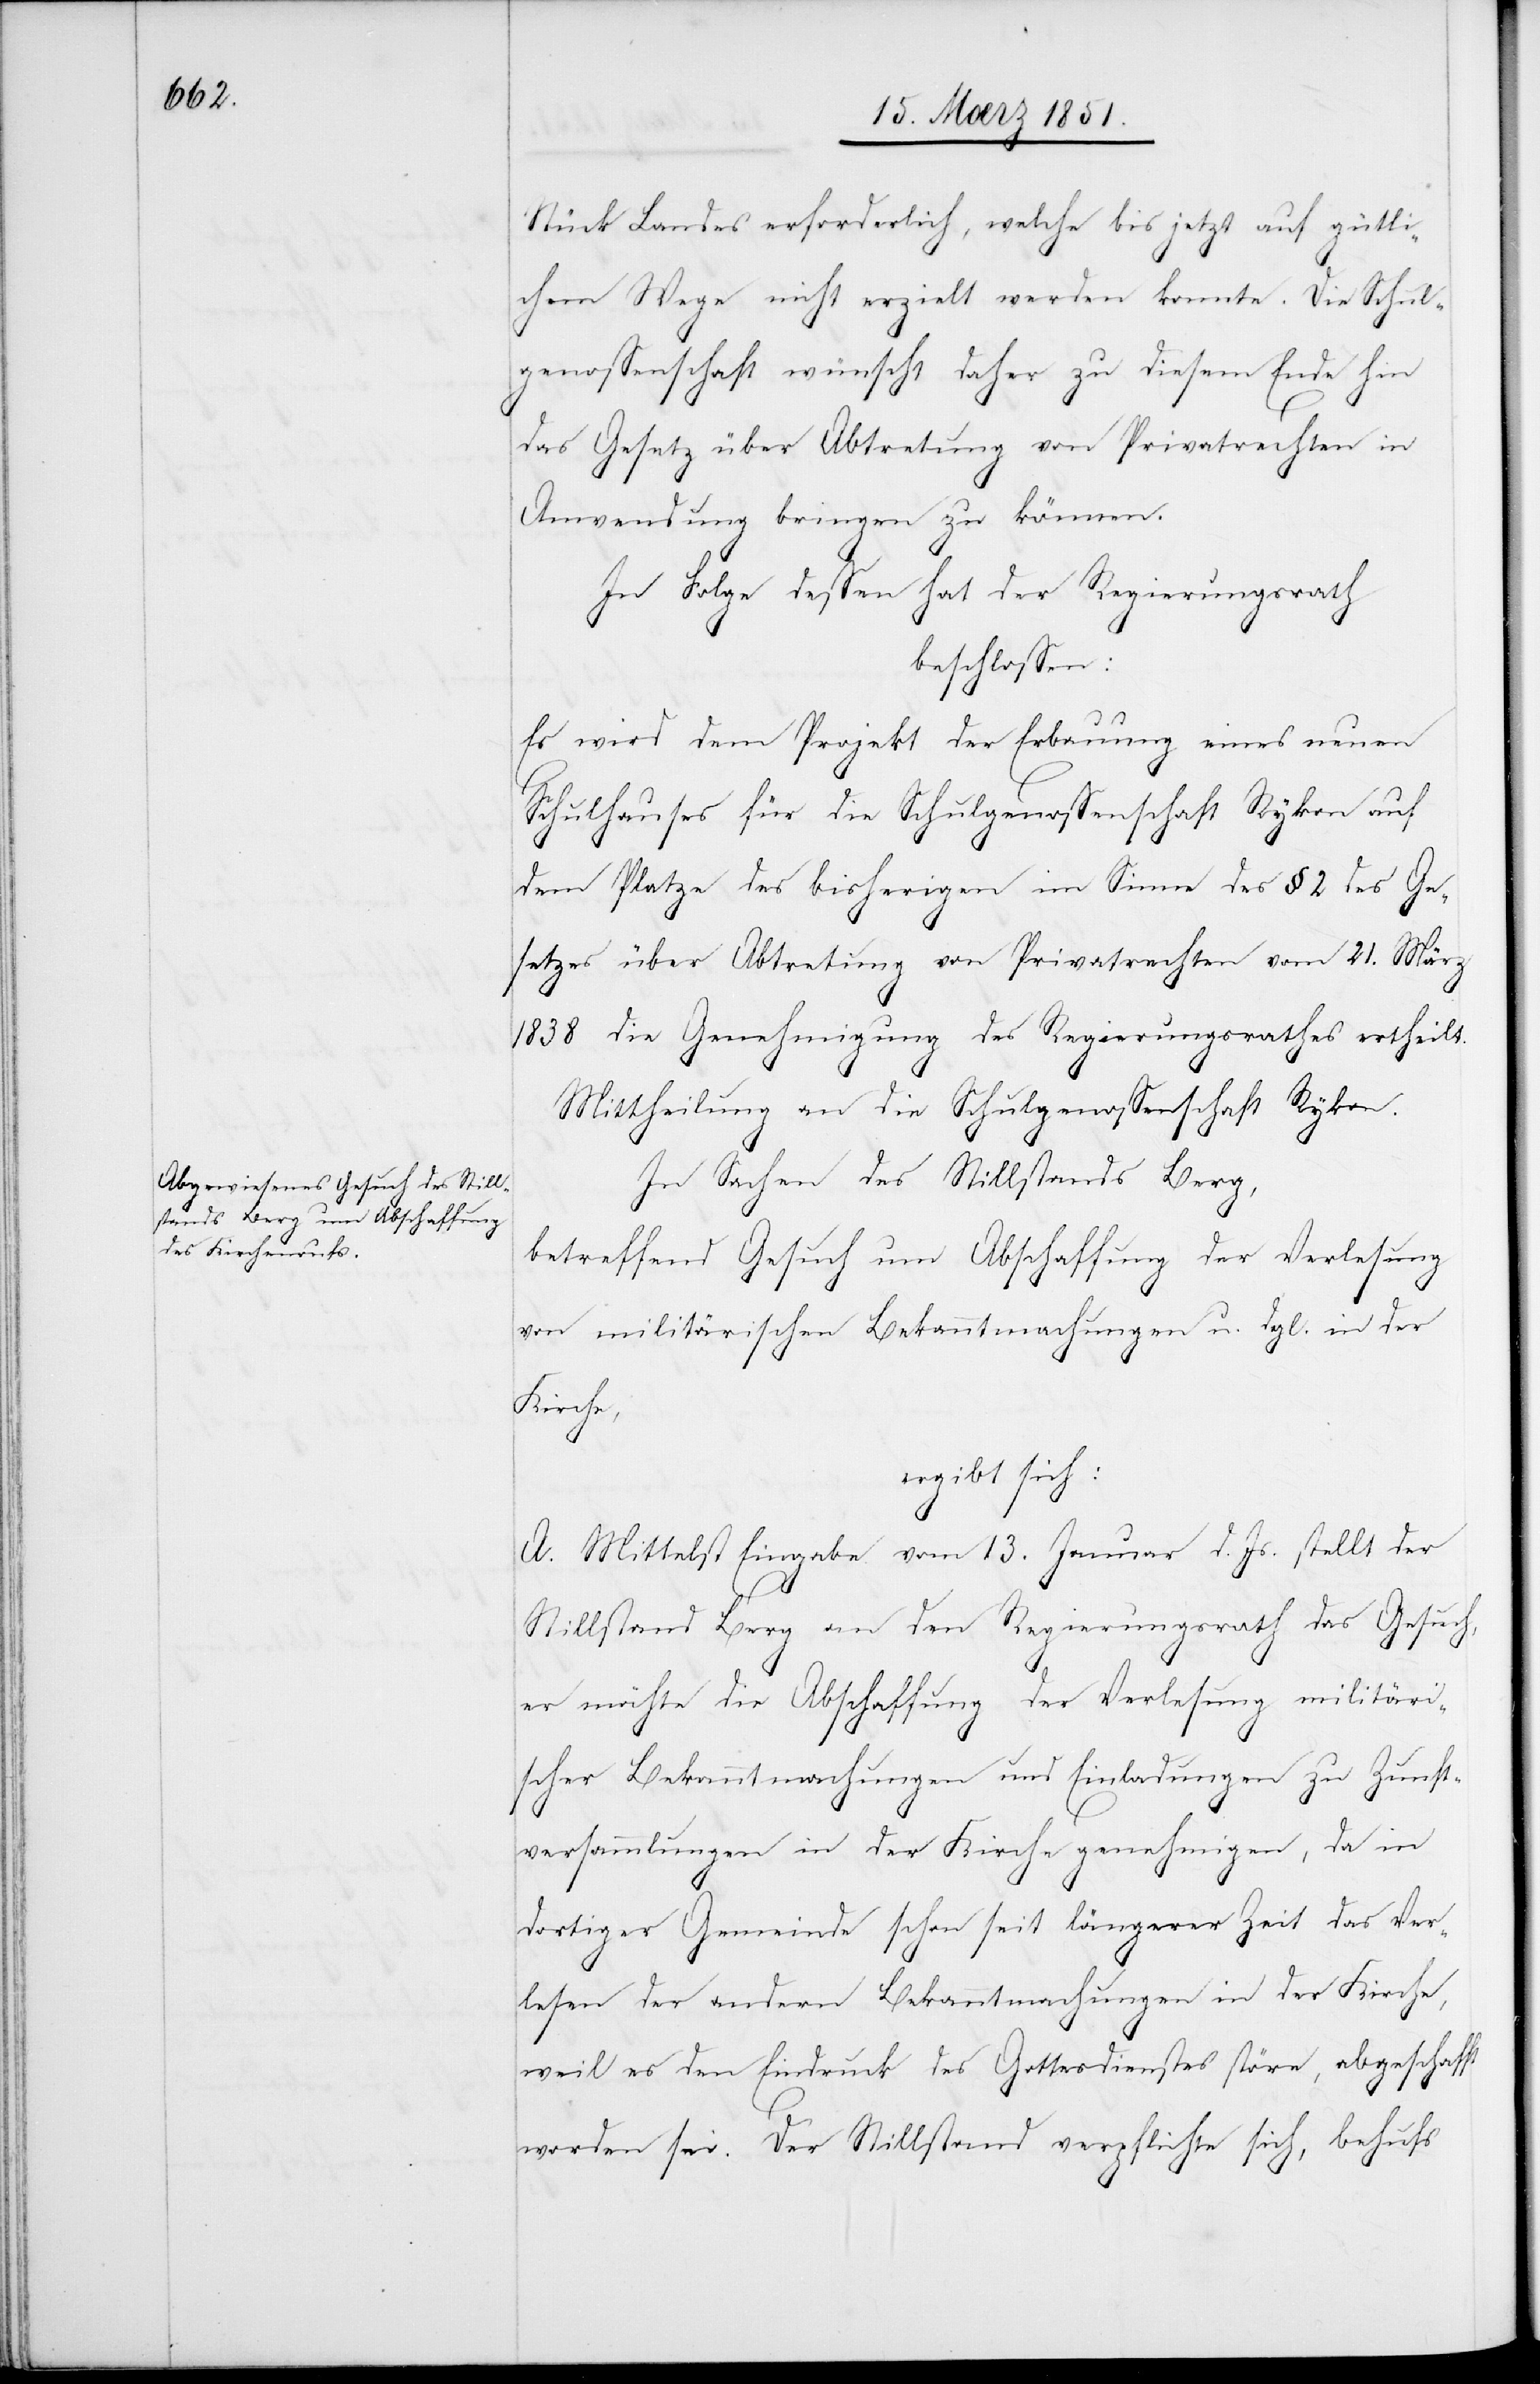
Stück Landes erforderlich, welche bis jetzt auf gütli¬
chem Wege nicht erzielt werden konnte. Die Schul¬
genossenschaft wünscht daher zu diesem Ende hin
das Gesetz über Abtretung von Privatrechten in
Anwendung bringen zu können.
In Folge dessen hat der Regierungsrath
beschlossen:
Es wird dem Projekt der Erbauung eines neuen
Schulhauses für die Schulgenossenschaft Rykon auf
dem Platze des bisherigen im Sinne des § 2 des Ge¬
setzes über Abtretung von Privatrechten vom 21. März
1838 die Genehmigung des Regierungsrathes ertheilt.
Mittheilung an die Schulgenossenschaft Rykon.
In Sachen des Stillstands Berg,
betreffend Gesuch um Abschaffung der Verlesung
von militärischen Bekanntmachungen u. dgl. in der
Kirche,
ergibt sich:
A. Mittelst Eingabe vom 13. Januar d. Js. stellt der
Stillstand Berg an den Regierungsrath das Gesuch,
er möchte die Abschaffung der Verlesung militäri¬
scher Bekanntmachungen und Einladungen zu Zunft¬
versammlungen in der Kirche genehmigen, da in
dortiger Gemeinde schon seit längerer Zeit das Ver¬
lesen der andern Bekanntmachungen in der Kirche,
weil es den Eindruck des Gottesdienstes störe, abgeschafft
worden sei. Der Stillstand verpflichte sich, behufs